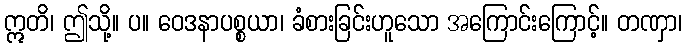
ဣတိ၊ ဤသို့။ ပ။ ဝေဒနာပစ္စယာ၊ ခံစားခြင်းဟူသော အကြောင်းကြောင့်။ တဏှာ၊